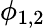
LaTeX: \phi_{1,2}